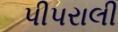
પીપરાલી